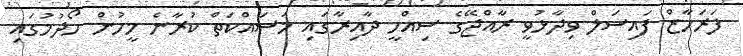
ފަރަހާޒް ފައިސަލް ވިދާޅުވީ ރާއްޖޭގެ ސިއްހީ ދާއިރާގައި މަސައްކަތް ކުރާނެ މީހުން ހޯދުމުގައި